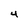
Character: 4